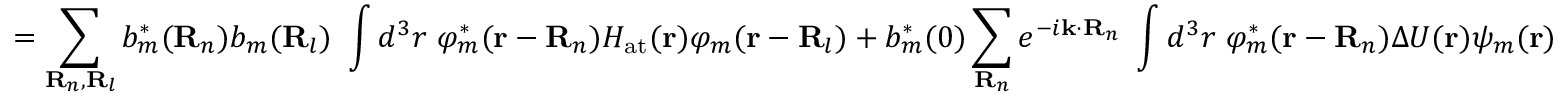
= \sum _ { \mathbf { R } _ { n } , \mathbf { R } _ { l } } b _ { m } ^ { * } ( \mathbf { R } _ { n } ) b _ { m } ( \mathbf { R } _ { l } ) \ \int d ^ { 3 } r \ \varphi _ { m } ^ { * } ( \mathbf { r } - \mathbf { R } _ { n } ) H _ { \mathrm { a t } } ( \mathbf { r } ) \varphi _ { m } ( \mathbf { r } - \mathbf { R } _ { l } ) + b _ { m } ^ { * } ( 0 ) \sum _ { \mathbf { R } _ { n } } e ^ { - i \mathbf { k } \cdot \mathbf { R } _ { n } } \ \int d ^ { 3 } r \ \varphi _ { m } ^ { * } ( \mathbf { r } - \mathbf { R } _ { n } ) \Delta U ( \mathbf { r } ) \psi _ { m } ( \mathbf { r } )